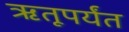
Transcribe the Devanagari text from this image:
ऋतूपर्यंत